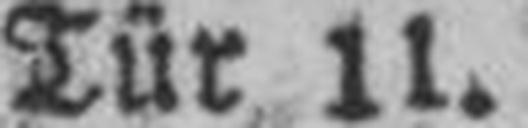
Tür 11.